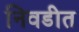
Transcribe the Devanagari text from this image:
निवडीत